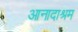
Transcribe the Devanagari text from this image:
आनादाश्रम